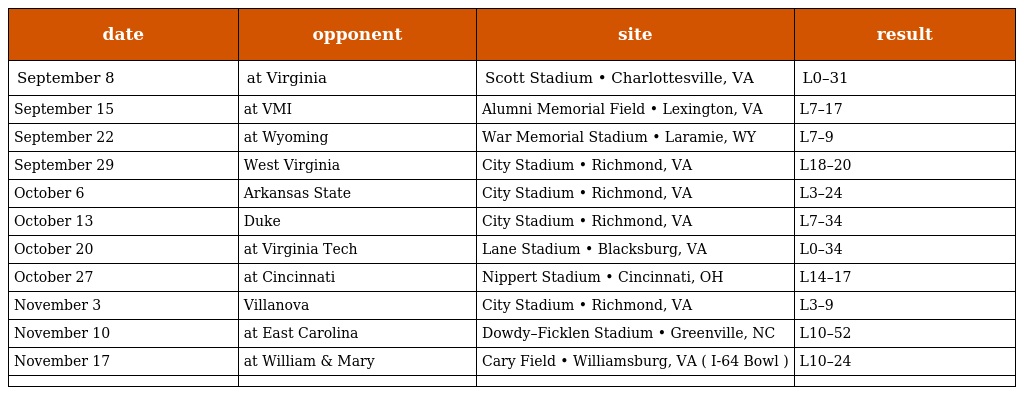
| date | opponent | site | result |
 | --- | --- | --- | --- |
 | September 8 | at Virginia | Scott Stadium • Charlottesville, VA | L0–31 |
 | September 15 | at VMI | Alumni Memorial Field • Lexington, VA | L7–17 |
 | September 22 | at Wyoming | War Memorial Stadium • Laramie, WY | L7–9 |
 | September 29 | West Virginia | City Stadium • Richmond, VA | L18–20 |
 | October 6 | Arkansas State | City Stadium • Richmond, VA | L3–24 |
 | October 13 | Duke | City Stadium • Richmond, VA | L7–34 |
 | October 20 | at Virginia Tech | Lane Stadium • Blacksburg, VA | L0–34 |
 | October 27 | at Cincinnati | Nippert Stadium • Cincinnati, OH | L14–17 |
 | November 3 | Villanova | City Stadium • Richmond, VA | L3–9 |
 | November 10 | at East Carolina | Dowdy–Ficklen Stadium • Greenville, NC | L10–52 |
 | November 17 | at William & Mary | Cary Field • Williamsburg, VA ( I-64 Bowl ) | L10–24 |
 |  |  |  |  |